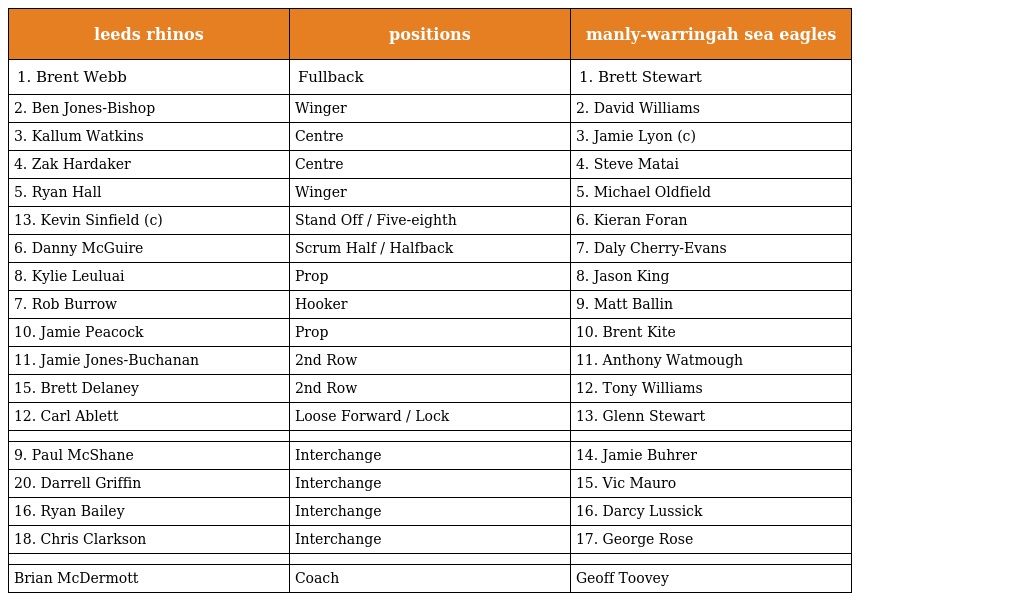
| leeds rhinos | positions | manly-warringah sea eagles |
 | --- | --- | --- |
 | 1. Brent Webb | Fullback | 1. Brett Stewart |
 | 2. Ben Jones-Bishop | Winger | 2. David Williams |
 | 3. Kallum Watkins | Centre | 3. Jamie Lyon (c) |
 | 4. Zak Hardaker | Centre | 4. Steve Matai |
 | 5. Ryan Hall | Winger | 5. Michael Oldfield |
 | 13. Kevin Sinfield (c) | Stand Off / Five-eighth | 6. Kieran Foran |
 | 6. Danny McGuire | Scrum Half / Halfback | 7. Daly Cherry-Evans |
 | 8. Kylie Leuluai | Prop | 8. Jason King |
 | 7. Rob Burrow | Hooker | 9. Matt Ballin |
 | 10. Jamie Peacock | Prop | 10. Brent Kite |
 | 11. Jamie Jones-Buchanan | 2nd Row | 11. Anthony Watmough |
 | 15. Brett Delaney | 2nd Row | 12. Tony Williams |
 | 12. Carl Ablett | Loose Forward / Lock | 13. Glenn Stewart |
 |  |  |  |
 | 9. Paul McShane | Interchange | 14. Jamie Buhrer |
 | 20. Darrell Griffin | Interchange | 15. Vic Mauro |
 | 16. Ryan Bailey | Interchange | 16. Darcy Lussick |
 | 18. Chris Clarkson | Interchange | 17. George Rose |
 |  |  |  |
 | Brian McDermott | Coach | Geoff Toovey |